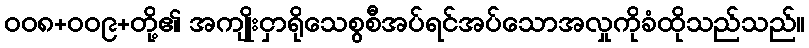
ဝဝ၈+ဝဝ၉+တို့၏ အကျိုးငှာရိုသေစွစီအပ်ရင်အပ်သောအလှုကိုခံထိုသည်သည်။